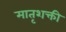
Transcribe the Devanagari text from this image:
मातृशक्ती